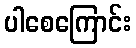
ပါစေကြောင်း